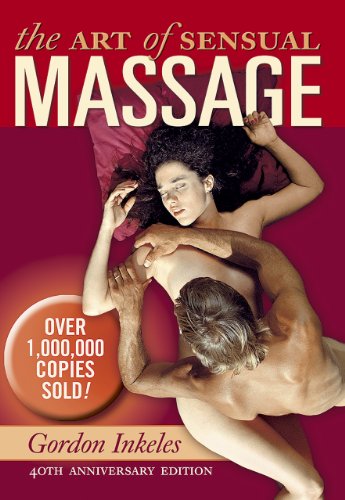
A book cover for The Art of Sensual Massage: 40th Anniversary Edition; Gordon Inkeles; Self-Help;